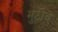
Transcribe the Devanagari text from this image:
मुठीचे